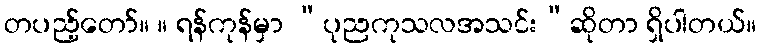
တပည့်တော်။ ။ ရန်ကုန်မှာ “ပုညကုသလအသင်း”ဆိုတာ ရှိပါတယ်။